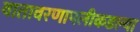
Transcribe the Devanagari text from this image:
वातावरणापलीकडल्या